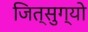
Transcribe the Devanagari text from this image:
जित्सुग्यो